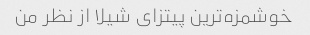
خوشمزه‌ترین پیتزای شیلا از نظر من